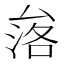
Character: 𱑧